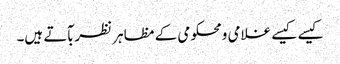
کیسے کیسے غلامی ومحکومی کے مظاہر نظربآتے ہیں۔